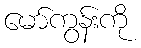
မော်ကွန်းကို